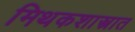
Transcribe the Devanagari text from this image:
मिथकशास्त्रात